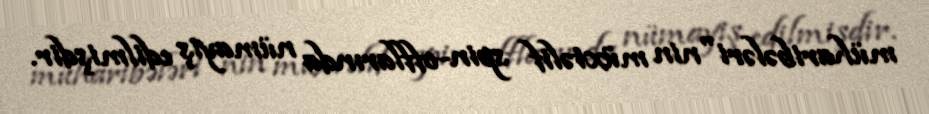
müharibələri"nin müxtəlif spin-offlarında nümayiş edilmişdir.